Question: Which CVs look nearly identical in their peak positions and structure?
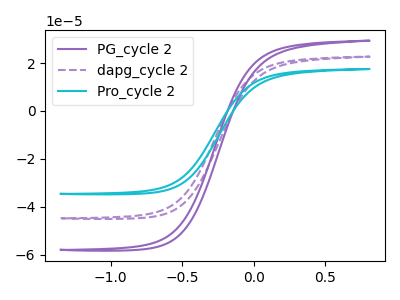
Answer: <think>The purple curve "PG_cycle 2" has no peaks. The purple dashed curve "dapg_cycle 2" has no peaks. The cyan curve "Pro_cycle 2" has no peaks.
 Neither "PG_cycle 2" or "dapg_cycle 2" have any peaks. Neither "PG_cycle 2" or "Pro_cycle 2" have any peaks. Neither "dapg_cycle 2" or "Pro_cycle 2" have any peaks.</think>
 <answer>"PG_cycle 2", "dapg_cycle 2" and "Pro_cycle 2" have the same shape and are likely CV's of the same chemical.</answer>
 <eval>"PG_cycle 2" "dapg_cycle 2" "Pro_cycle 2"</eval>